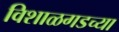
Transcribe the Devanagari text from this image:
विशाळगडच्या